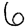
Digit: 6